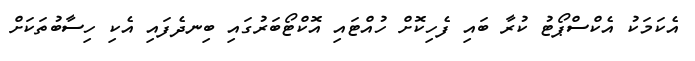
އެކަމަކު އެކްސްޕޯޓު ކުރާ ބައި ފެހިކޮށް ހުއްޓައި އޮކްޓޯބަރުގައި ބިނދެފައި އެކި ހިސާބުތަކަށް